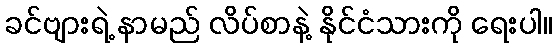
ခင်ဗျားရဲ့ နာမည် လိပ်စာနဲ့ နိုင်ငံသားကို ရေးပါ။